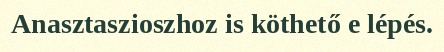
Anasztaszioszhoz is köthető e lépés.